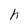
Character: h